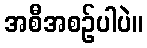
အစီအစဉ်ပါပဲ။